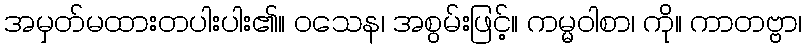
အမှတ်မထားတပါးပါး၏။ ဝသေန၊ အစွမ်းဖြင့်။ ကမ္မဝါစာ၊ ကို။ ကာတဗ္ဗာ၊